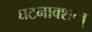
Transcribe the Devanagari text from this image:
घटनावशात्